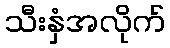
သီးနှံအလိုက်